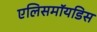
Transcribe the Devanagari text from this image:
एलिसमॉयडिस